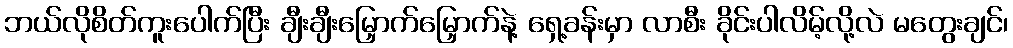
ဘယ်လိုစိတ်ကူးပေါက်ပြီး ချီးချီးမြှောက်မြှောက်နဲ့ ရှေ့ခန်းမှာ လာစီး ခိုင်းပါလိမ့်လို့လဲ မတွေးချင်၊